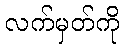
လက်မှတ်ကို